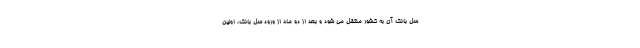
سل بانک آن به کشور منتقل می شود و بعد از دو ماه از ورود سل بانک، اولین